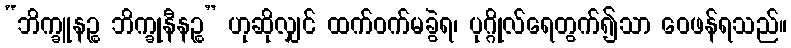
“ဘိက္ခူနဉ္စ ဘိက္ခုနီနဉ္စ” ဟုဆိုလျှင် ထက်ဝက်မခွဲရ၊ ပုဂ္ဂိုလ်ရေတွက်၍သာ ဝေဖန်ရသည်။